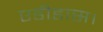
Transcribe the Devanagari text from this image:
एडीडास।